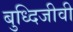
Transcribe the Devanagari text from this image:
बुध्दिजीवी